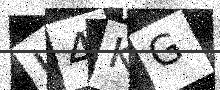
Text: L4KG